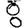
Digit: 8